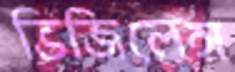
ভিজিলেন্স